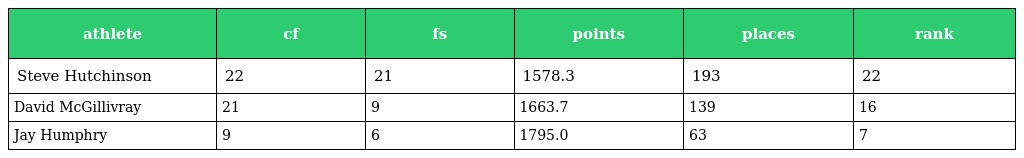
| athlete | cf | fs | points | places | rank |
 | --- | --- | --- | --- | --- | --- |
 | Steve Hutchinson | 22 | 21 | 1578.3 | 193 | 22 |
 | David McGillivray | 21 | 9 | 1663.7 | 139 | 16 |
 | Jay Humphry | 9 | 6 | 1795.0 | 63 | 7 |